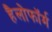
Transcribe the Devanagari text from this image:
हैलोफॉर्म